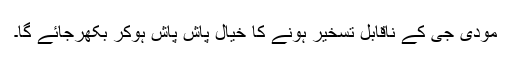
مودی جی کے ناقابلِ تسخیر ہونے کا خیال پاش پاش ہوکر بکھرجائے گا۔